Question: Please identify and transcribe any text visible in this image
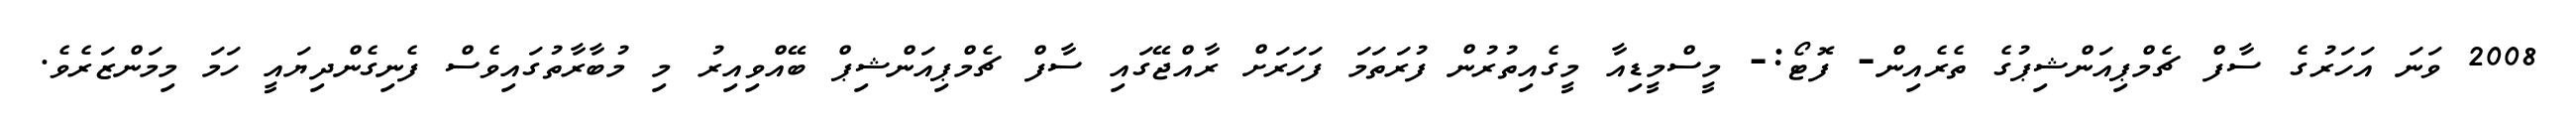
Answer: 2008 ވަނަ އަހަރުގެ ސާފް ޗެމްޕިއަންޝިޕުގެ ތެރެއިން- ފޮޓޯ:- މީސްމީޑިއާ މީގެއިތުރުން ފުރަތަމަ ފަހަރަށް ރާއްޖޭގައި ސާފް ޗެމްޕިއަންޝިޕް ބޭއްވިއިރު މި މުބާރާތުގައިވެސް ފެނިގެންދިޔައީ ހަމަ މިމަންޒަރެވެ.